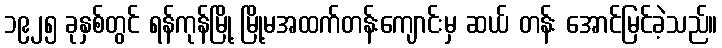
၁၉၂၅ ခုနှစ်တွင် ရန်ကုန်မြို့ မြို့မအထက်တန်းကျောင်းမှ ဆယ် တန်း အောင်မြင်ခဲ့သည်။